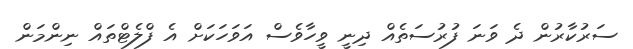
ސަރުކާރުން ދެ ވަނަ ފުރުސަތެއް ދިނީ ވީހާވެސް އަވަހަކަށް އެ ފްލެޓްތައް ނިންމަން